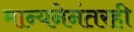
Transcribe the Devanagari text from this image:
मान्यनेनंतरही